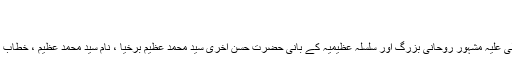
اسد اللہ رومی
یوم وصال : 0000-02-18 510 مزید
حضرت محمد عظیم حسن اخریٰ برخیا المعروف قلندر بابا اولیاء رحمۃ اللہ تعالیٰ علیہ مشہور روحانی بزرگ اور سلسلہ عظیمیہ کے بانی حضرت حسن اخری سید محمد عظیم برخیا ، نام سید محمد عظیم ، خطاب ھسن اخریٰ ، تخلص بر خیا اور مریدین قلند ر بابا کے نام سے یاد کرتے ہیں ۔